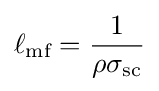
\ell _{\text{mf}}={\frac {1}{\rho \sigma _{\text{sc}}}}